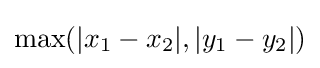
\max(|x_{1}-x_{2}|,|y_{1}-y_{2}|)